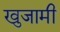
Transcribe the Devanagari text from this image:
खुजामी